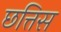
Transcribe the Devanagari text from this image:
छत्तिस